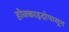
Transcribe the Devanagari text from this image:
होक्काइदोपासून